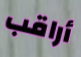
أراقب